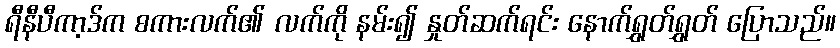
ရီနီပီကာ့ဒ်က စကားလက်၏ လက်ကို နမ်း၍ နှုတ်ဆက်ရင်း နောက်ရွှတ်ရွှတ် ပြောသည်။